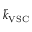
\tilde { k } _ { \mathrm { V S C } }